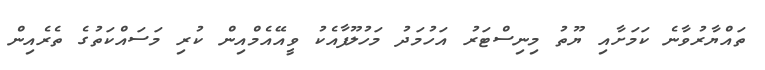
ތައްޔާރުވާނެ ކަމަށާއި ޔޫތު މިނިސްޓަރު އަހުމަދު މަހުލޫފާއެކު ވީއޭއެމްއިން ކުރި މަސައްކަތުގެ ތެރެއިން